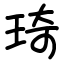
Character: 琦